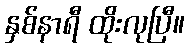
နှစ်နာရီ ထိုးလုပြီ။